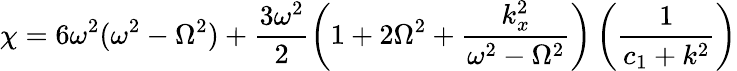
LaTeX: \chi=6\omega^{2}(\omega^{2}-\Omega^{2})+\frac{3\omega^{2}}{2}\left(1+2\Omega^{2}+\frac{k_{x}^{2}}{\omega^{2}-\Omega^{2}}\right)\left(\frac{1}{c_{1}+k^{2}}\right)